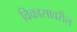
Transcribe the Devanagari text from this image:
विकासावरील